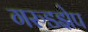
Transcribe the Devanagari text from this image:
गरुडझेप